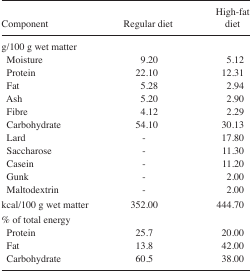
<table><thead><tr><td><b>Component</b></td><td><b>Regular diet</b></td><td><b>High-fat diet</b></td></tr></thead><tbody><tr><td colspan="3">g/100 g wet matter</td></tr><tr><td> Moisture</td><td>9.20</td><td>5.12</td></tr><tr><td> Protein</td><td>22.10</td><td>12.31</td></tr><tr><td> Fat</td><td>5.28</td><td>2.94</td></tr><tr><td> Ash</td><td>5.20</td><td>2.90</td></tr><tr><td> Fibre</td><td>4.12</td><td>2.29</td></tr><tr><td> Carbohydrate</td><td>54.10</td><td>30.13</td></tr><tr><td> Lard</td><td>-</td><td>17.80</td></tr><tr><td> Saccharose</td><td>-</td><td>11.30</td></tr><tr><td> Casein</td><td>-</td><td>11.20</td></tr><tr><td> Gunk</td><td>-</td><td>2.00</td></tr><tr><td> Maltodextrin</td><td>-</td><td>2.00</td></tr><tr><td>kcal/100 g wet matter</td><td>352.00</td><td>444.70</td></tr><tr><td colspan="3">% of total energy</td></tr><tr><td> Protein</td><td>25.7</td><td>20.00</td></tr><tr><td> Fat</td><td>13.8</td><td>42.00</td></tr><tr><td> Carbohydrate</td><td>60.5</td><td>38.00</td></tr></tbody></table>